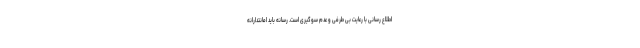
اطلاع رسانی با رعایت بی طرفی و عدم سوگیری است. رسانه باید امانتدارانه